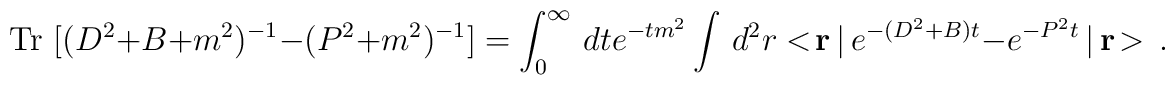
\mbox{Tr }  [ (D^2 + B + m^2)^{-1} - (P^2 + m^2)^{-1} ]=\int_{0}^{\infty} \, dt e^{- t m^2} \int\,d^2r <\!{\bf r}\,|\,e^{-(D^2 + B)t} - e^{-P^2 t}\,|\,{\bf r}\!>\,.